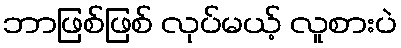
ဘာဖြစ်ဖြစ် လုပ်မယ့် လူစားပဲ